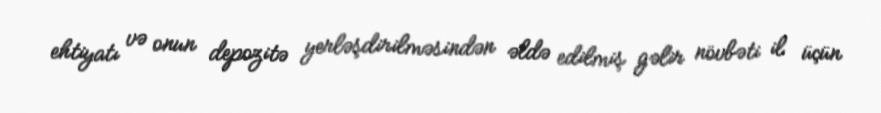
ehtiyatı və onun depozitə yerləşdirilməsindən əldə edilmiş gəlir növbəti il üçün